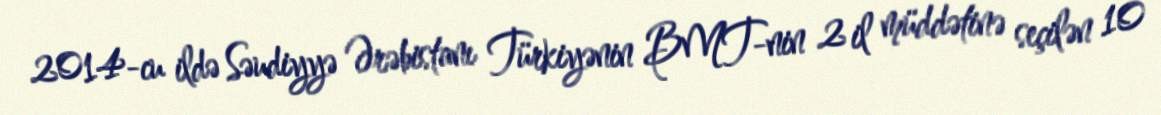
2014-cu ildə Səudiyyə Ərəbistanı Türkiyənin BMT-nin 2 il müddətinə seçilən 10